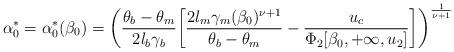
LaTeX: \begin{align*}\alpha_0^{*}=\alpha_0^{*}(\beta_0)=\bigg(\frac{\theta_b-\theta_m}{2l_b\gamma_b}\bigg[\dfrac{2l_m\gamma_m(\beta_0)^{\nu+1}}{\theta_b-\theta_m}-\dfrac{u_c }{\Phi_2[\beta_0,+\infty,u_2]}\bigg]\bigg)^{\frac{1}{{\nu+1}}}\end{align*}